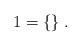
LaTeX: \begin{align*}1=\{\}\;.\end{align*}